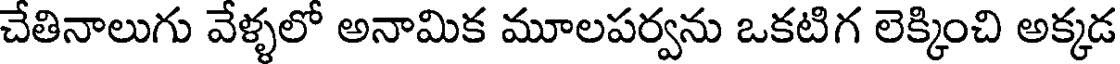
చేతినాలుగు వేళ్ళలో అనామిక మూలపర్వను ఒకటిగ లెక్కించి అక్కడ